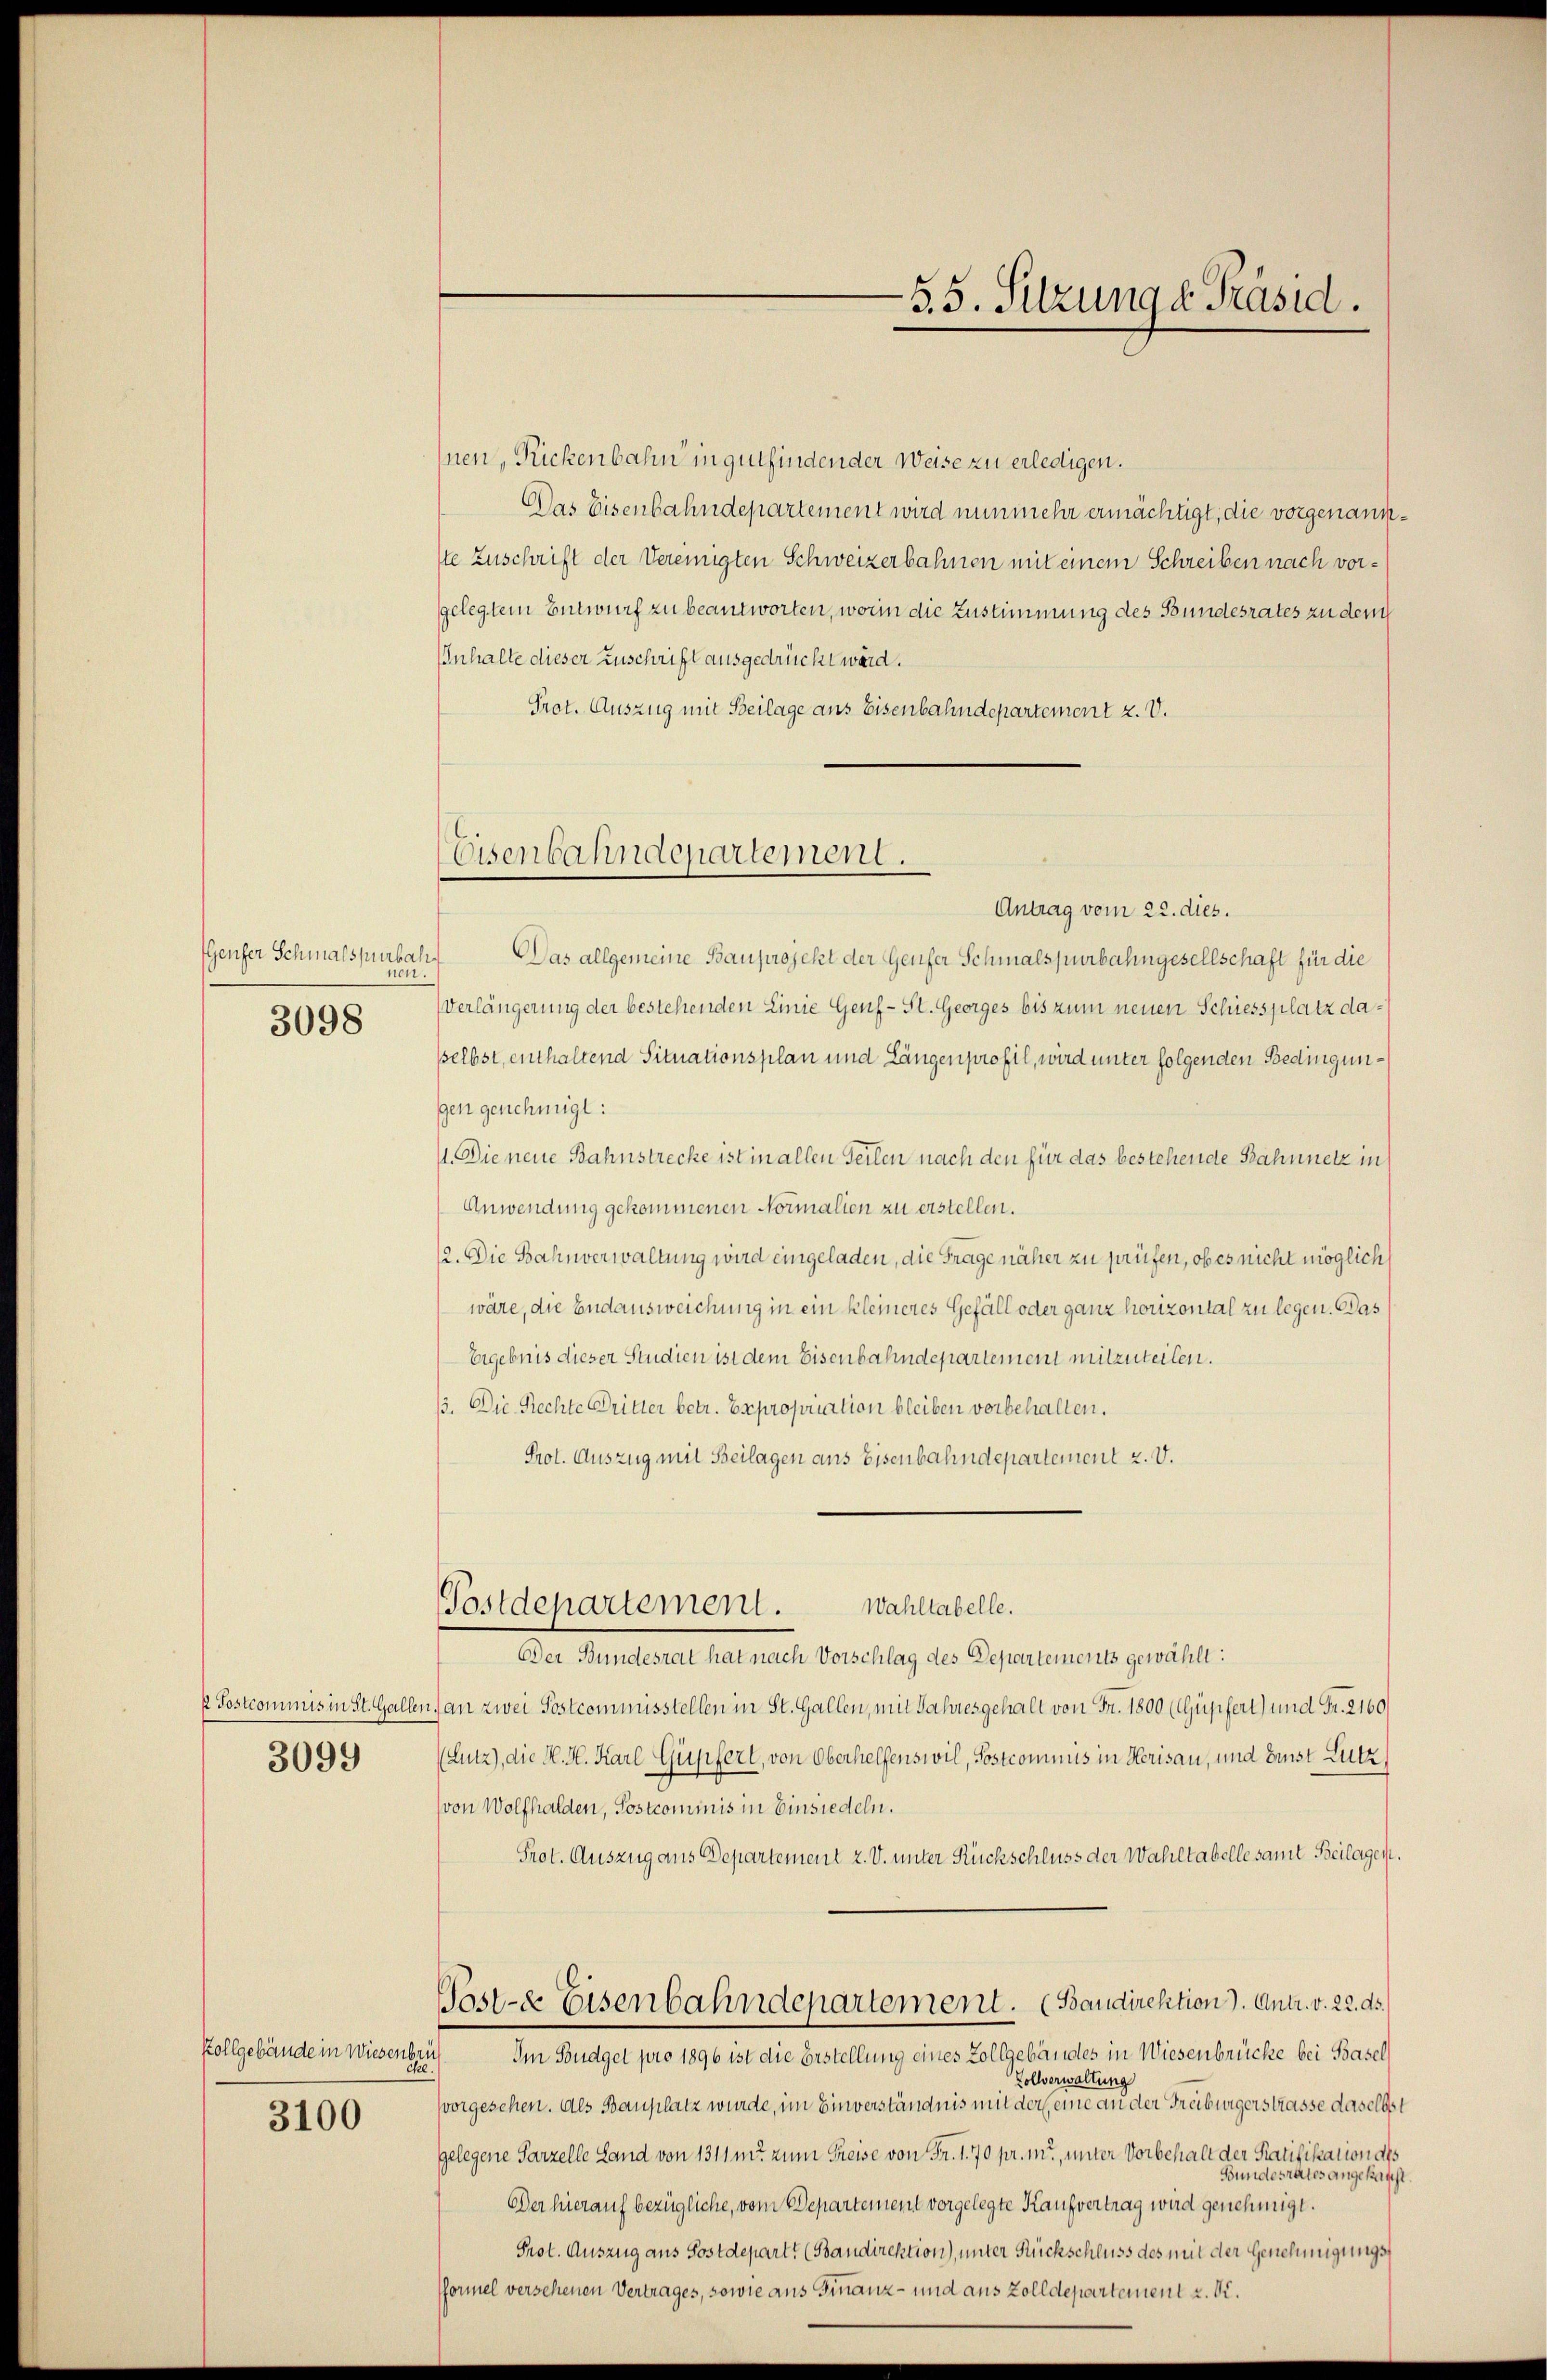
Genfer Schmalspurbah
nen
3098

3099

kollgebäude in Wiesenbru
3100

nen, Rickenbahn in gutfinden der Weise zu erledigen.
Das Eisenbahndepartement wird nunmehr ermächtigt, die vorgenannste Zuschrift der Vereinigten Schweizerbahnen mit einem Schreiben nach vorgelegtem Entwurf zu beantworten, worin die Zustimmung des Bundesrates zu dem
IInhalte dieser Zuschrift ausgedrückt ward.
Prot. Auszug mit Beilage aus Eisenbahndepartement z. V.
Antrag vom 22. dies.
Das allgemeine Bauprojekt der Genfer Schmalspurbahngesellschaft für die
Verlängerung der bestehenden Linie Genf - St. Georges bis zum neuen Schiessplatz dasselbst, enthaltend Situationsplan und Längenprofil, wird unter folgenden Bedingunggen genehmigt:
11. Die neue Bahnstrecke ist in allen Teilen nach den für das bestehende Bahnnetz in
Anwendung gekommenen Normalien zu erstellen.
12. Die Bahnverwaltung wird eingeladen, die Frage näher zu prüfen, ob es nicht möglich
wäre, die Endausweichung in ein kleineres Gefäll oder ganz horizontal zu legen. Das
Ergebnis dieser Studien ist dem Eisenbahndepartement mitzuteilen.
13. Die Rechte Dritter betr. Expropriation bleiben vorbehalten.
Prot. Auszug mit Beilagen ans Eisenbahndepartement z. V.
Wahltabelle.
Postdepartement.
Der Bundesrat hat nach Vorschlag des Departements gewählt:
k Postcommis in St. Gallen, an zwei Postcommisstellen in St. Gallen, mit Jahresgehalt von Fr. 1800 (Gupfert) und Fr. 2160
(Lutz), die K. H. Karl Gusfert, von Oberhelfenswil, Postcommis in Herisau, und brust Lutz
(von Wolfhalden, Postcommis in Einsiedeln.
Prot. Auszug aus Departement z. V. unter Rückschluss der Wahltabellesamt Beilagen.
Post- & Eisenbahndepartement. (Baudirektion). Antr. v. 22. ds.
Im Budget pro 1896 ist die Erstellung eines Zollgebäudes in Wiesenbrücke bei Basel
Vollverwaltung
svorgesehen. Als Bauplatz wurde, im Einverständnis mit der eine an der Freiburgerstrasse daselbst
gelegene Parzelle Land von 1311 m. zum Preise von Fr. 170 pr. m., unter Vorbehalt der Ratifikation als
Bundesrates angekauft.
Der hierauf bezügliche, vom Departement vorgelegte Kaufvertrag wird genehmigt.
Prot. Auszug aus Postdepart? (Bandirektion), unter Rückschluss des mit der Genehmigungs¬
Pformel versehenen Vertrages, sowie aus Finanz- und aus Zolldepartement u. Dr.

Eisenbahndepartement.

-5.5. Sitzung d. Präsid.